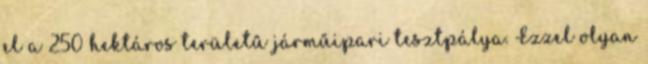
el a 250 hektáros területű járműipari tesztpálya. Ezzel olyan